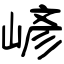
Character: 嵃